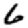
Digit: 6